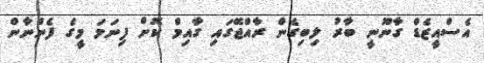
އެސްއީޒެޑް ގާނޫނީ ބާރު ލިބިގެން ރާއްޖޭގައި ގާއިމް ކޮށް ފިނަމަ މީގެ ފެންނާން